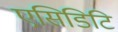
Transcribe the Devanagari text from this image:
एसिडिटि